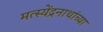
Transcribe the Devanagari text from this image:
मत्स्येंद्रनाथांच्या